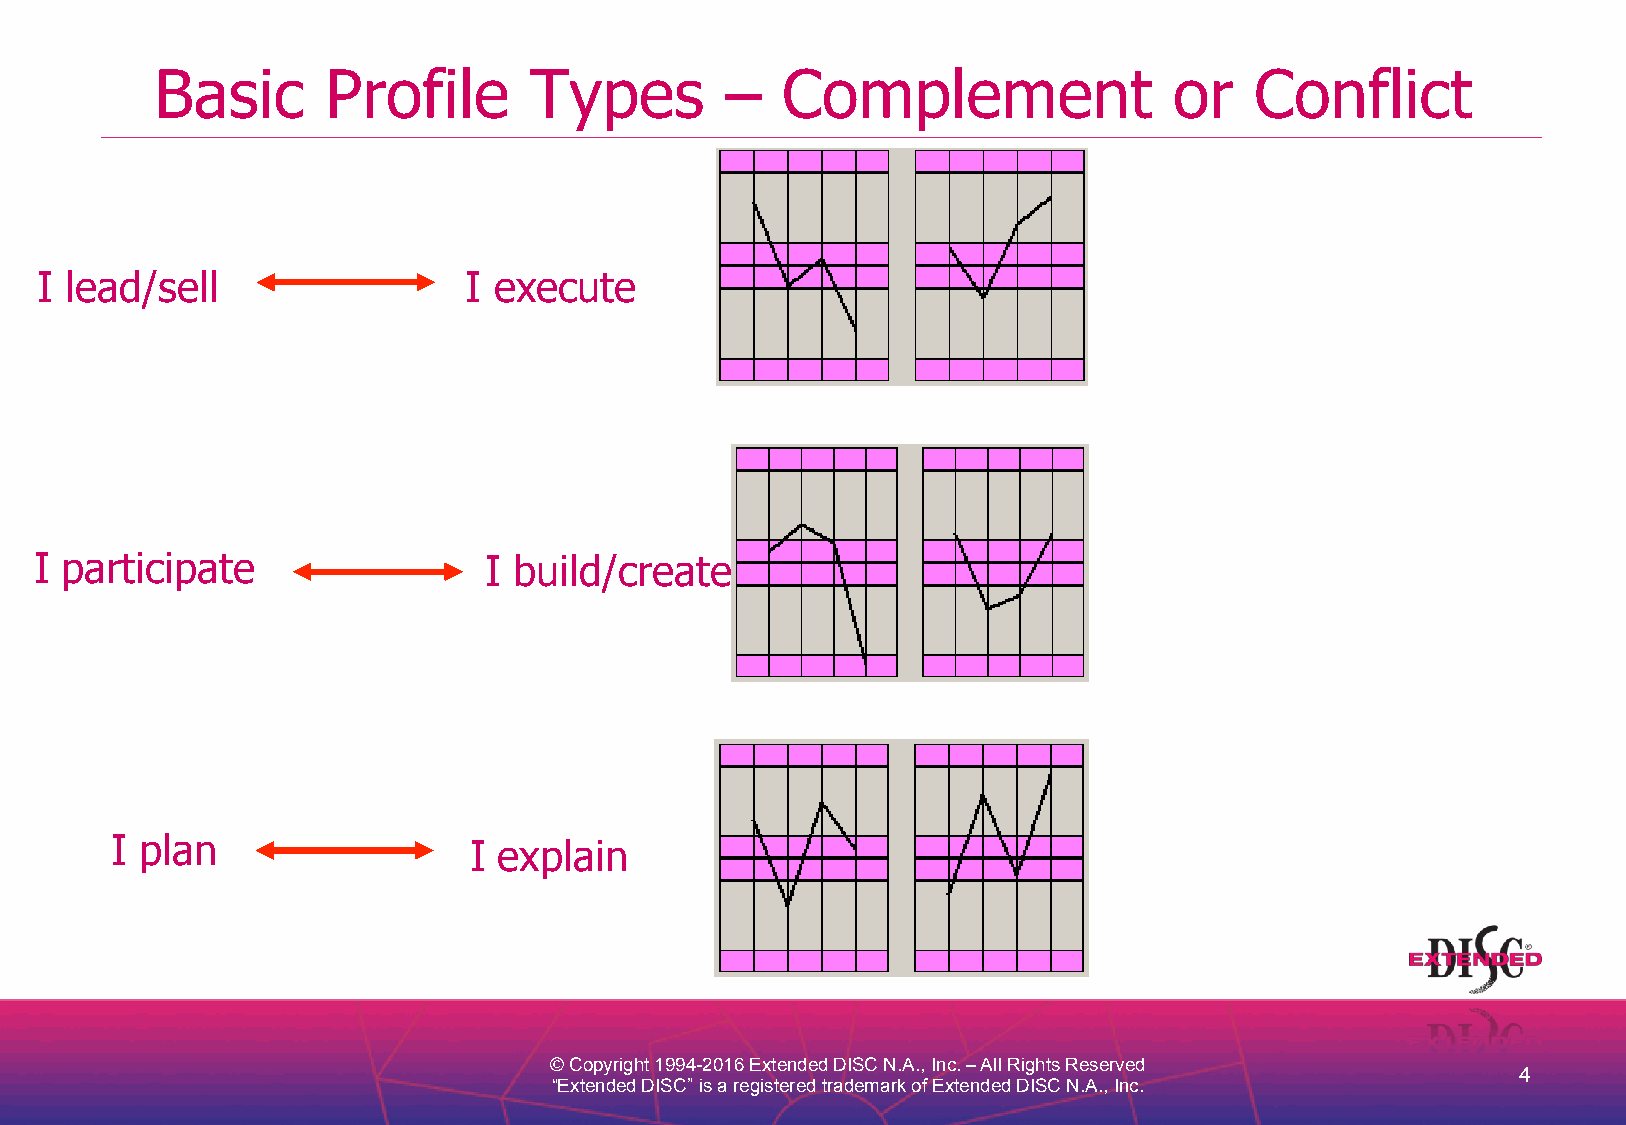
Basic       Profile      Types        –   Complement                or   Conflict
 I lead/sel  l                I execute
 I participate                 I build/create
 I plan                  I explain
 © Copyright 1994-2016 Extended DISC N.A., Inc. – All Rights Reserved
 4
 “Extended DISC” is a registered trademark of Extended DISC N.A., Inc.